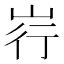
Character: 𪨳